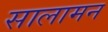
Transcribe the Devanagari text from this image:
सालामन